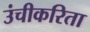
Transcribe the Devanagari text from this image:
उंचीकरिता